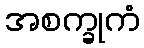
အစက္ခုကံ